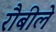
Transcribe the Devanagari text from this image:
रौबीले